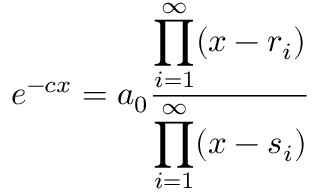
e ^ { - c x } = a _ { 0 } { \frac { \displaystyle \prod _ { i = 1 } ^ { \infty } ( x - r _ { i } ) } { \displaystyle \prod _ { i = 1 } ^ { \infty } ( x - s _ { i } ) } }